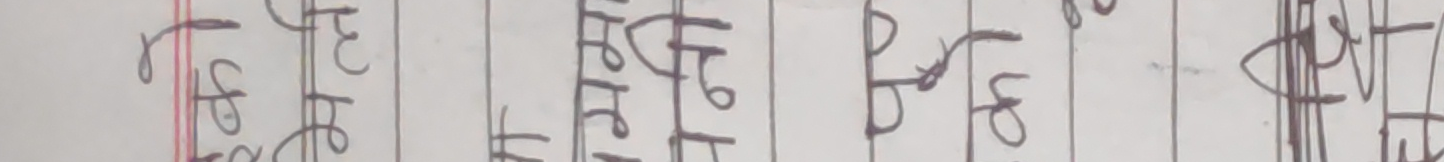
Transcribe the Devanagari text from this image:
तेह्रै तह्रै